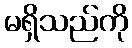
မရှိသည်ကို